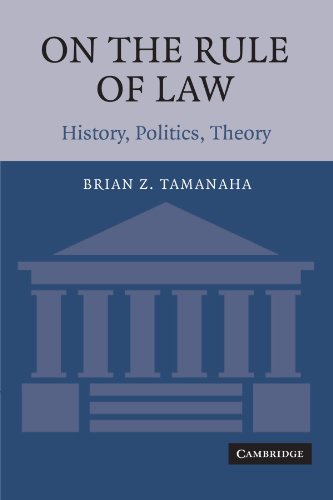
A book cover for On the Rule of Law: History, Politics, Theory; Brian Z. Tamanaha; Law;